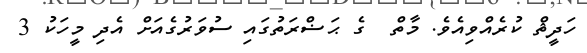
ހަދީޘް ކުރެއްވިއެވެ. މާތް  ގެ ޙަޟްރަތުގައި ސުވަރުގެއަށް އެދި މީހަކު 3